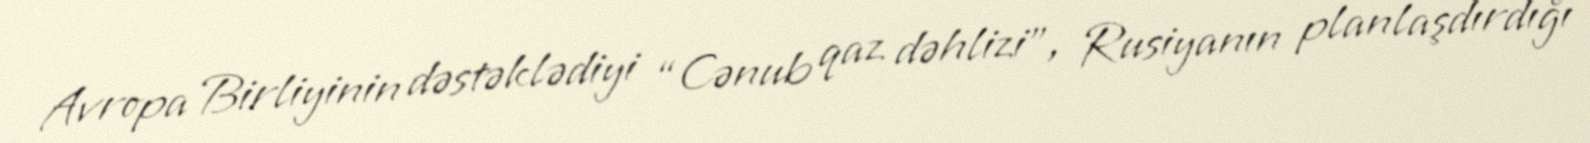
Avropa Birliyinin dəstəklədiyi “Cənub qaz dəhlizi”, Rusiyanın planlaşdırdığı